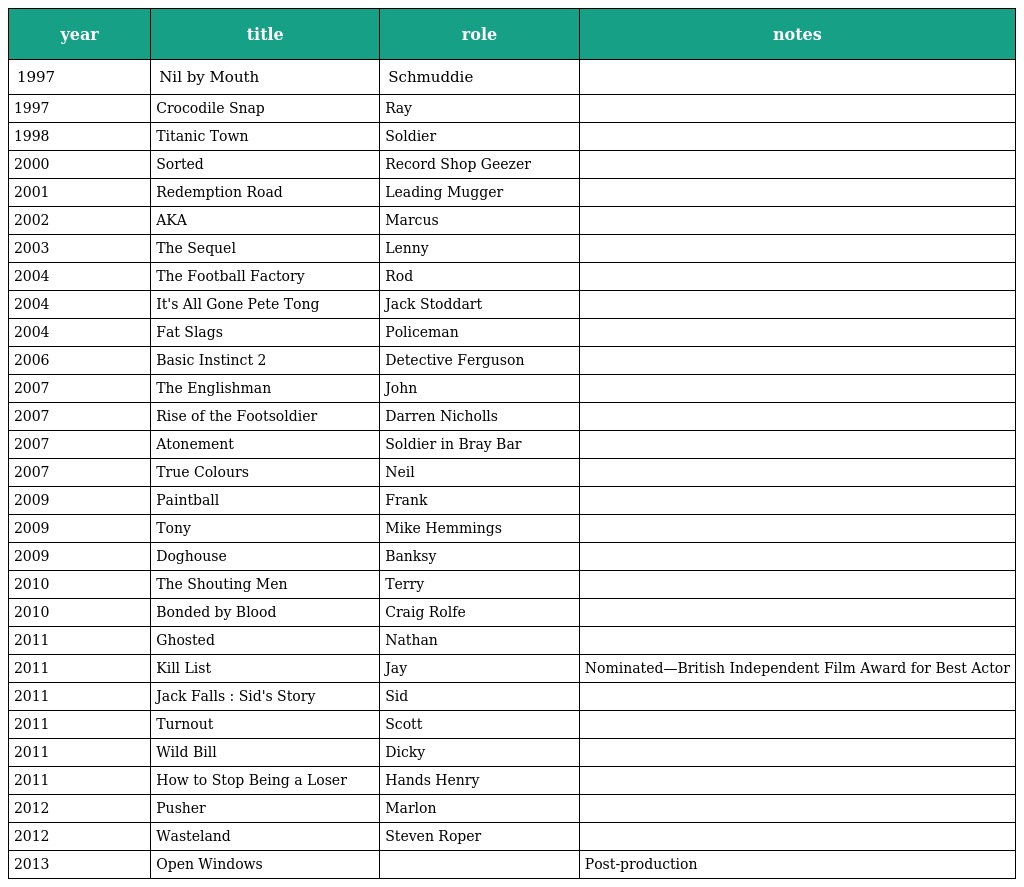
| year | title | role | notes |
 | --- | --- | --- | --- |
 | 1997 | Nil by Mouth | Schmuddie |  |
 | 1997 | Crocodile Snap | Ray |  |
 | 1998 | Titanic Town | Soldier |  |
 | 2000 | Sorted | Record Shop Geezer |  |
 | 2001 | Redemption Road | Leading Mugger |  |
 | 2002 | AKA | Marcus |  |
 | 2003 | The Sequel | Lenny |  |
 | 2004 | The Football Factory | Rod |  |
 | 2004 | It's All Gone Pete Tong | Jack Stoddart |  |
 | 2004 | Fat Slags | Policeman |  |
 | 2006 | Basic Instinct 2 | Detective Ferguson |  |
 | 2007 | The Englishman | John |  |
 | 2007 | Rise of the Footsoldier | Darren Nicholls |  |
 | 2007 | Atonement | Soldier in Bray Bar |  |
 | 2007 | True Colours | Neil |  |
 | 2009 | Paintball | Frank |  |
 | 2009 | Tony | Mike Hemmings |  |
 | 2009 | Doghouse | Banksy |  |
 | 2010 | The Shouting Men | Terry |  |
 | 2010 | Bonded by Blood | Craig Rolfe |  |
 | 2011 | Ghosted | Nathan |  |
 | 2011 | Kill List | Jay | Nominated—British Independent Film Award for Best Actor |
 | 2011 | Jack Falls : Sid's Story | Sid |  |
 | 2011 | Turnout | Scott |  |
 | 2011 | Wild Bill | Dicky |  |
 | 2011 | How to Stop Being a Loser | Hands Henry |  |
 | 2012 | Pusher | Marlon |  |
 | 2012 | Wasteland | Steven Roper |  |
 | 2013 | Open Windows |  | Post-production |